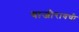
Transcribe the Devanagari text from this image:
बाजीरावची